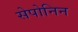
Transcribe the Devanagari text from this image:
सेपोनिन